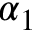
\alpha _ { 1 }